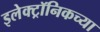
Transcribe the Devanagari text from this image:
इलेक्ट्रॉनिकच्या